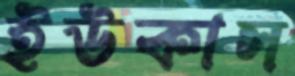
ইউকাস